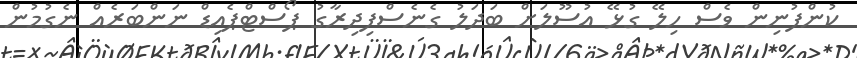
ކުންފުނިން ވެސް ހިލޭ ގުޅޭ އުސޫލަށް ބަދަލު ގެނެސްފިދިރާގު ޕޯސްޓްޕެއިޑް ނަންބަރެއް ނެގުމުން